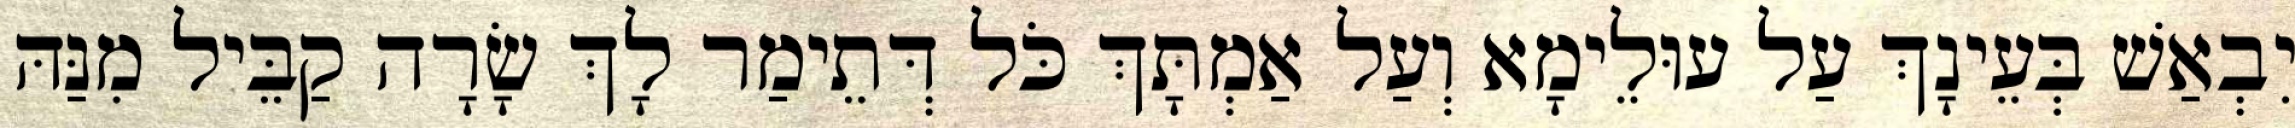
יִבְאַשׁ בְּעֵינָךְ עַל עוּלֵימָא וְעַל אַמְתָּךְ כֹּל דְּתֵימַר לָךְ שָׂרָה קַבֵּיל מִנַּהּ